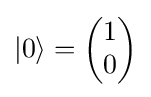
{\textstyle \vert 0\rangle ={\begin{pmatrix}1\\0\end{pmatrix}}}